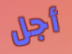
أجل